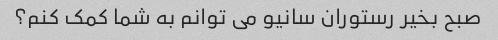
صبح بخیر رستوران سانیو می توانم به شما کمک کنم؟